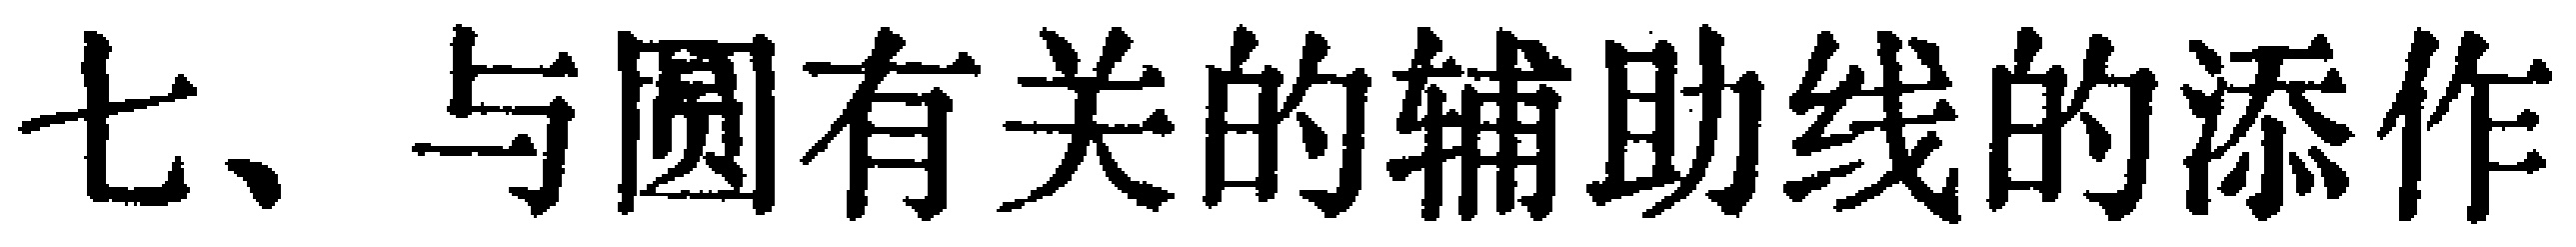
七、与圆有关的辅助线的添作